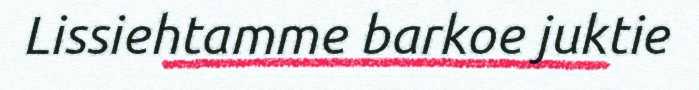
Lissiehtamme barkoe juktie